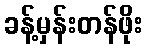
ခန့်မှန်းတန်ဖိုး